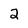
Character: 2